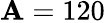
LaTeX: \mathbf{A}=120